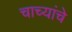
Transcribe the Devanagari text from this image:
चाच्यांचे